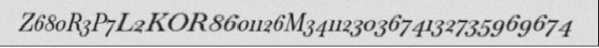
Z680R3P7L2KOR8601126M34112303674132735969674